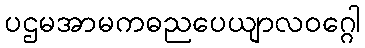
ပဌမအာမကဓညပေယျာလဝဂ္ဂေါ